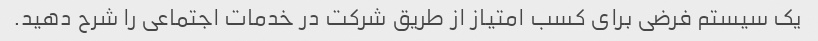
یک سیستم فرضی برای کسب امتیاز از طریق شرکت در خدمات اجتماعی را شرح دهید.